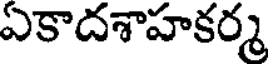
ఏకాదశాహకర్మ